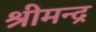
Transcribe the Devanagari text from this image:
श्रीमन्द्र